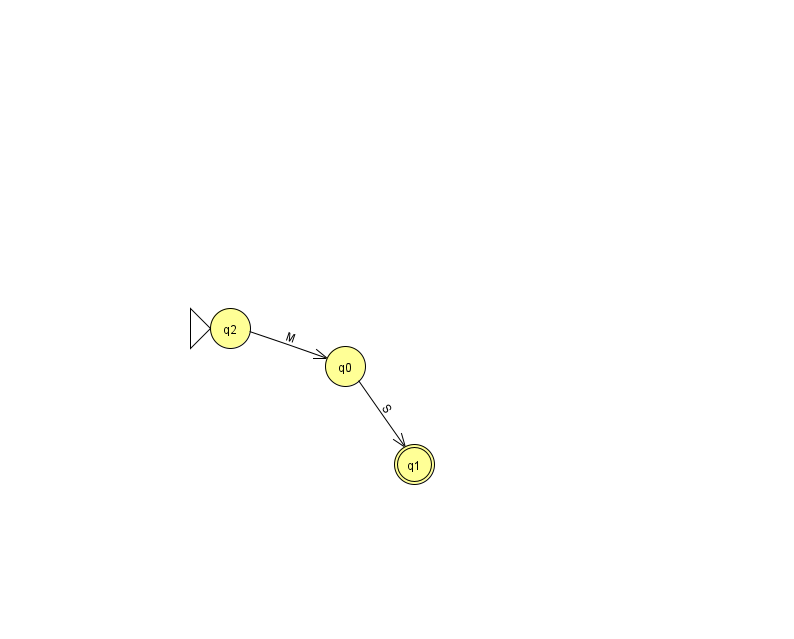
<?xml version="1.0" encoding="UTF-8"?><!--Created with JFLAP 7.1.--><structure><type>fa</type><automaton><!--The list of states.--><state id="0" name="q0"><x>345.0</x><y>353.0</y></state><state id="1" name="q1"><x>414.0</x><y>451.0</y><final/></state><state id="2" name="q2"><x>230.0</x><y>315.0</y><initial/></state><state id="4" name="q4"><x>838.0</x><y>50.0</y></state><!--The list of transitions.--><transition><from>4</from><to>4</to><read>R</read></transition><transition><from>0</from><to>1</to><read>S</read></transition><transition><from>2</from><to>0</to><read>M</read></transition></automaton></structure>